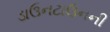
ડાઉનટાઉનની